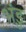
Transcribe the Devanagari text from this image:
भंडु